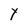
Character: Y